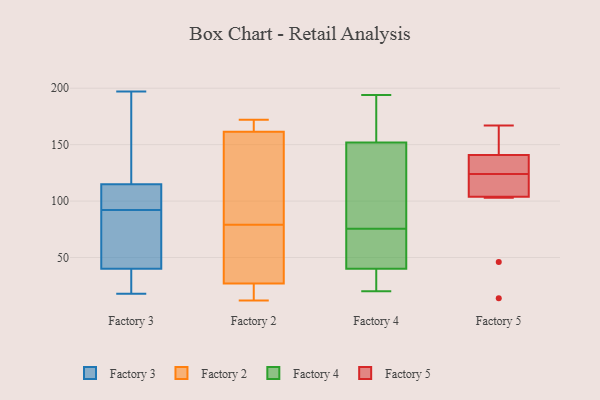
{"axis": {"x": "LTV (USD)", "y": "Value"}, "legend": ["Factory 2", "Factory 3", "Factory 4", "Factory 5"], "data": [{"x": "", "y": 18, "type": "Factory 3"}, {"x": "", "y": 101, "type": "Factory 3"}, {"x": "", "y": 183, "type": "Factory 3"}, {"x": "", "y": 92, "type": "Factory 3"}, {"x": "", "y": 22, "type": "Factory 3"}, {"x": "", "y": 116, "type": "Factory 3"}, {"x": "", "y": 112, "type": "Factory 3"}, {"x": "", "y": 58, "type": "Factory 3"}, {"x": "", "y": 61, "type": "Factory 3"}, {"x": "", "y": 197, "type": "Factory 3"}, {"x": "", "y": 34, "type": "Factory 3"}, {"x": "", "y": 169, "type": "Factory 2"}, {"x": "", "y": 163, "type": "Factory 2"}, {"x": "", "y": 12, "type": "Factory 2"}, {"x": "", "y": 45, "type": "Factory 2"}, {"x": "", "y": 36, "type": "Factory 2"}, {"x": "", "y": 20, "type": "Factory 2"}, {"x": "", "y": 113, "type": "Factory 2"}, {"x": "", "y": 160, "type": "Factory 2"}, {"x": "", "y": 13, "type": "Factory 2"}, {"x": "", "y": 15, "type": "Factory 2"}, {"x": "", "y": 172, "type": "Factory 2"}, {"x": "", "y": 127, "type": "Factory 2"}, {"x": "", "y": 34, "type": "Factory 2"}, {"x": "", "y": 36, "type": "Factory 2"}, {"x": "", "y": 171, "type": "Factory 2"}, {"x": "", "y": 144, "type": "Factory 2"}, {"x": "", "y": 172, "type": "Factory 4"}, {"x": "", "y": 125, "type": "Factory 4"}, {"x": "", "y": 167, "type": "Factory 4"}, {"x": "", "y": 76, "type": "Factory 4"}, {"x": "", "y": 75, "type": "Factory 4"}, {"x": "", "y": 194, "type": "Factory 4"}, {"x": "", "y": 31, "type": "Factory 4"}, {"x": "", "y": 20, "type": "Factory 4"}, {"x": "", "y": 152, "type": "Factory 4"}, {"x": "", "y": 36, "type": "Factory 4"}, {"x": "", "y": 75, "type": "Factory 4"}, {"x": "", "y": 151, "type": "Factory 4"}, {"x": "", "y": 63, "type": "Factory 4"}, {"x": "", "y": 40, "type": "Factory 4"}, {"x": "", "y": 14, "type": "Factory 5"}, {"x": "", "y": 143, "type": "Factory 5"}, {"x": "", "y": 124, "type": "Factory 5"}, {"x": "", "y": 46, "type": "Factory 5"}, {"x": "", "y": 106, "type": "Factory 5"}, {"x": "", "y": 119, "type": "Factory 5"}, {"x": "", "y": 133, "type": "Factory 5"}, {"x": "", "y": 134, "type": "Factory 5"}, {"x": "", "y": 103, "type": "Factory 5"}, {"x": "", "y": 167, "type": "Factory 5"}, {"x": "", "y": 156, "type": "Factory 5"}]}